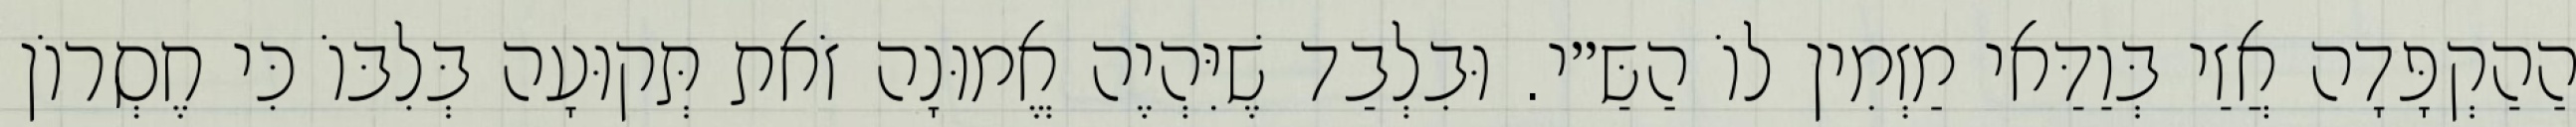
הַהַקְפָּדָה אֲזַי בְּוַדַּאי מַזְמִין לוֹ הַשַּ״י. וּבִלְבַד שֶׁיִּהְיֶה אֱמוּנָה זֹאת תְּקוּעָה בְּלִבּוֹ כִּי חֶסְרוֹן